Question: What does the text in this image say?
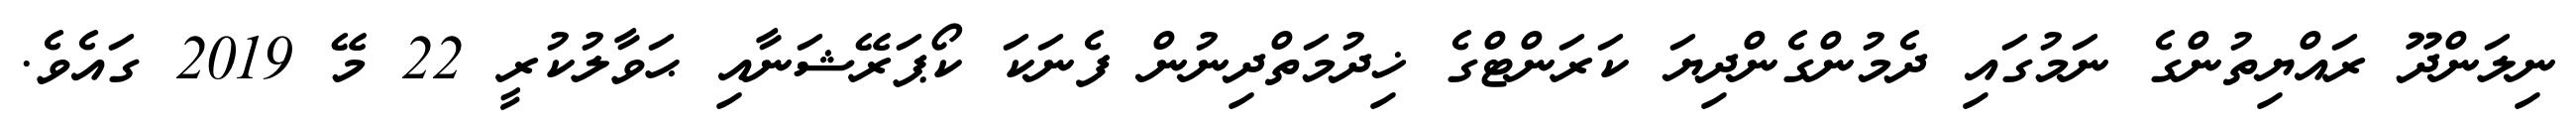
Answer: ނިލަންދޫ ރައްޔިތުންގެ ނަމުގައި ދެމުންގެންދިޔަ ކަރަންޓްގެ ޚިދުމަތްދިނުން ފެނަކަ ކޯޕަރޭޝަނާއި ޙަވާލުކުރީ 22 މޭ 2019 ގައެވެ.